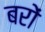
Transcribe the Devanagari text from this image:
बरों